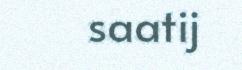
saatij